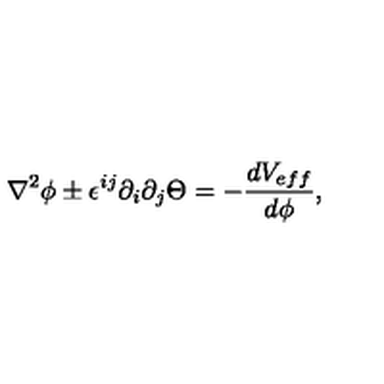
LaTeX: \nabla ^ { 2 } \phi \pm \epsilon ^ { i j } \partial _ { i } \partial _ { j } \Theta = - \frac { d V _ { e f f } } { d \phi } ,